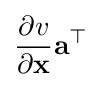
{\frac {\partial v}{\partial \mathbf {x} }}\mathbf {a} ^{\top }